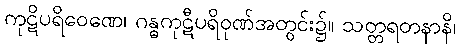
ကုဋိပရိဝေဏေ၊ ဂန္ဓကုဋီပရိဝုဏ်အတွင်း၌။ သတ္တရတနာနိ၊